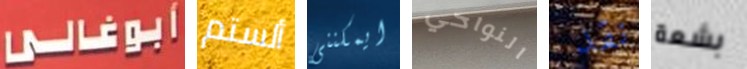
أبوغالى ألستم ايمكننى النواحي نقد بشعة